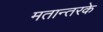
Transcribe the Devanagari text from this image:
मतान्तरके